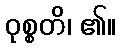
ဝုစ္စတိ၊ ၏။